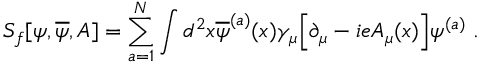
S _ { f } [ \psi , \overline { { { \psi } } } , A ] = \sum _ { a = 1 } ^ { N } \int d ^ { 2 } x \overline { { { \psi } } } ^ { ( a ) } ( x ) \gamma _ { \mu } \Big [ \partial _ { \mu } - i e A _ { \mu } ( x ) \Big ] \psi ^ { ( a ) } \; .